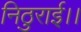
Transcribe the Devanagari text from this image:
निठुराई।।